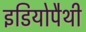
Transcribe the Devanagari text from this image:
इडियोपैथी